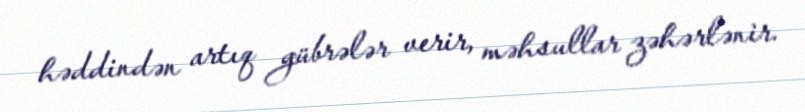
həddindən artıq gübrələr verir, məhsullar zəhərlənir.